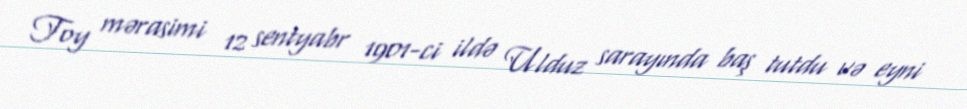
Toy mərasimi 12 sentyabr 1901-ci ildə Ulduz sarayında baş tutdu və eyni